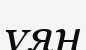
ұяң